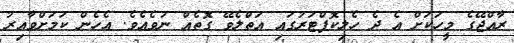
ރާއްޖޭގެ މީހަކަށް އެ ދެ ހެލިކޮޕްޓަރުގައި އަތްލެވޭ ގޮތެއް ނުވެއެވެ. އެހެން ކަމަށްވާއިރު